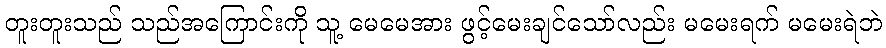
တူးတူးသည် သည်အကြောင်းကို သူ့ မေမေအား ဖွင့်မေးချင်သော်လည်း မမေးရက် မမေးရဲဘဲ